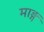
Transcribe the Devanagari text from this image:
माङ्ग